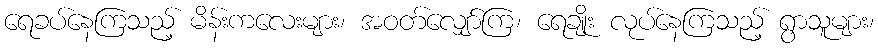
ရေခပ်နေကြသည့် မိန်းကလေးများ၊ အဝတ်လျှော်ကြ၊ ရေချိုး လုပ်နေကြသည့် ရွာသူများ၊